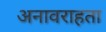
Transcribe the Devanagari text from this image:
अनावराहता